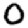
Digit: 0